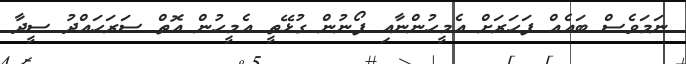
ނަމަވެސް ބައެއް ފަހަރަށް އެމީހުންނާއި ފޯނުން ގުޅޭތީ އެމީހުން އޮތް ސަރަހައްދު ސީދާ